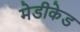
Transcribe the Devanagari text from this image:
मेडीकेड